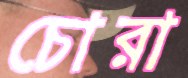
চোরা